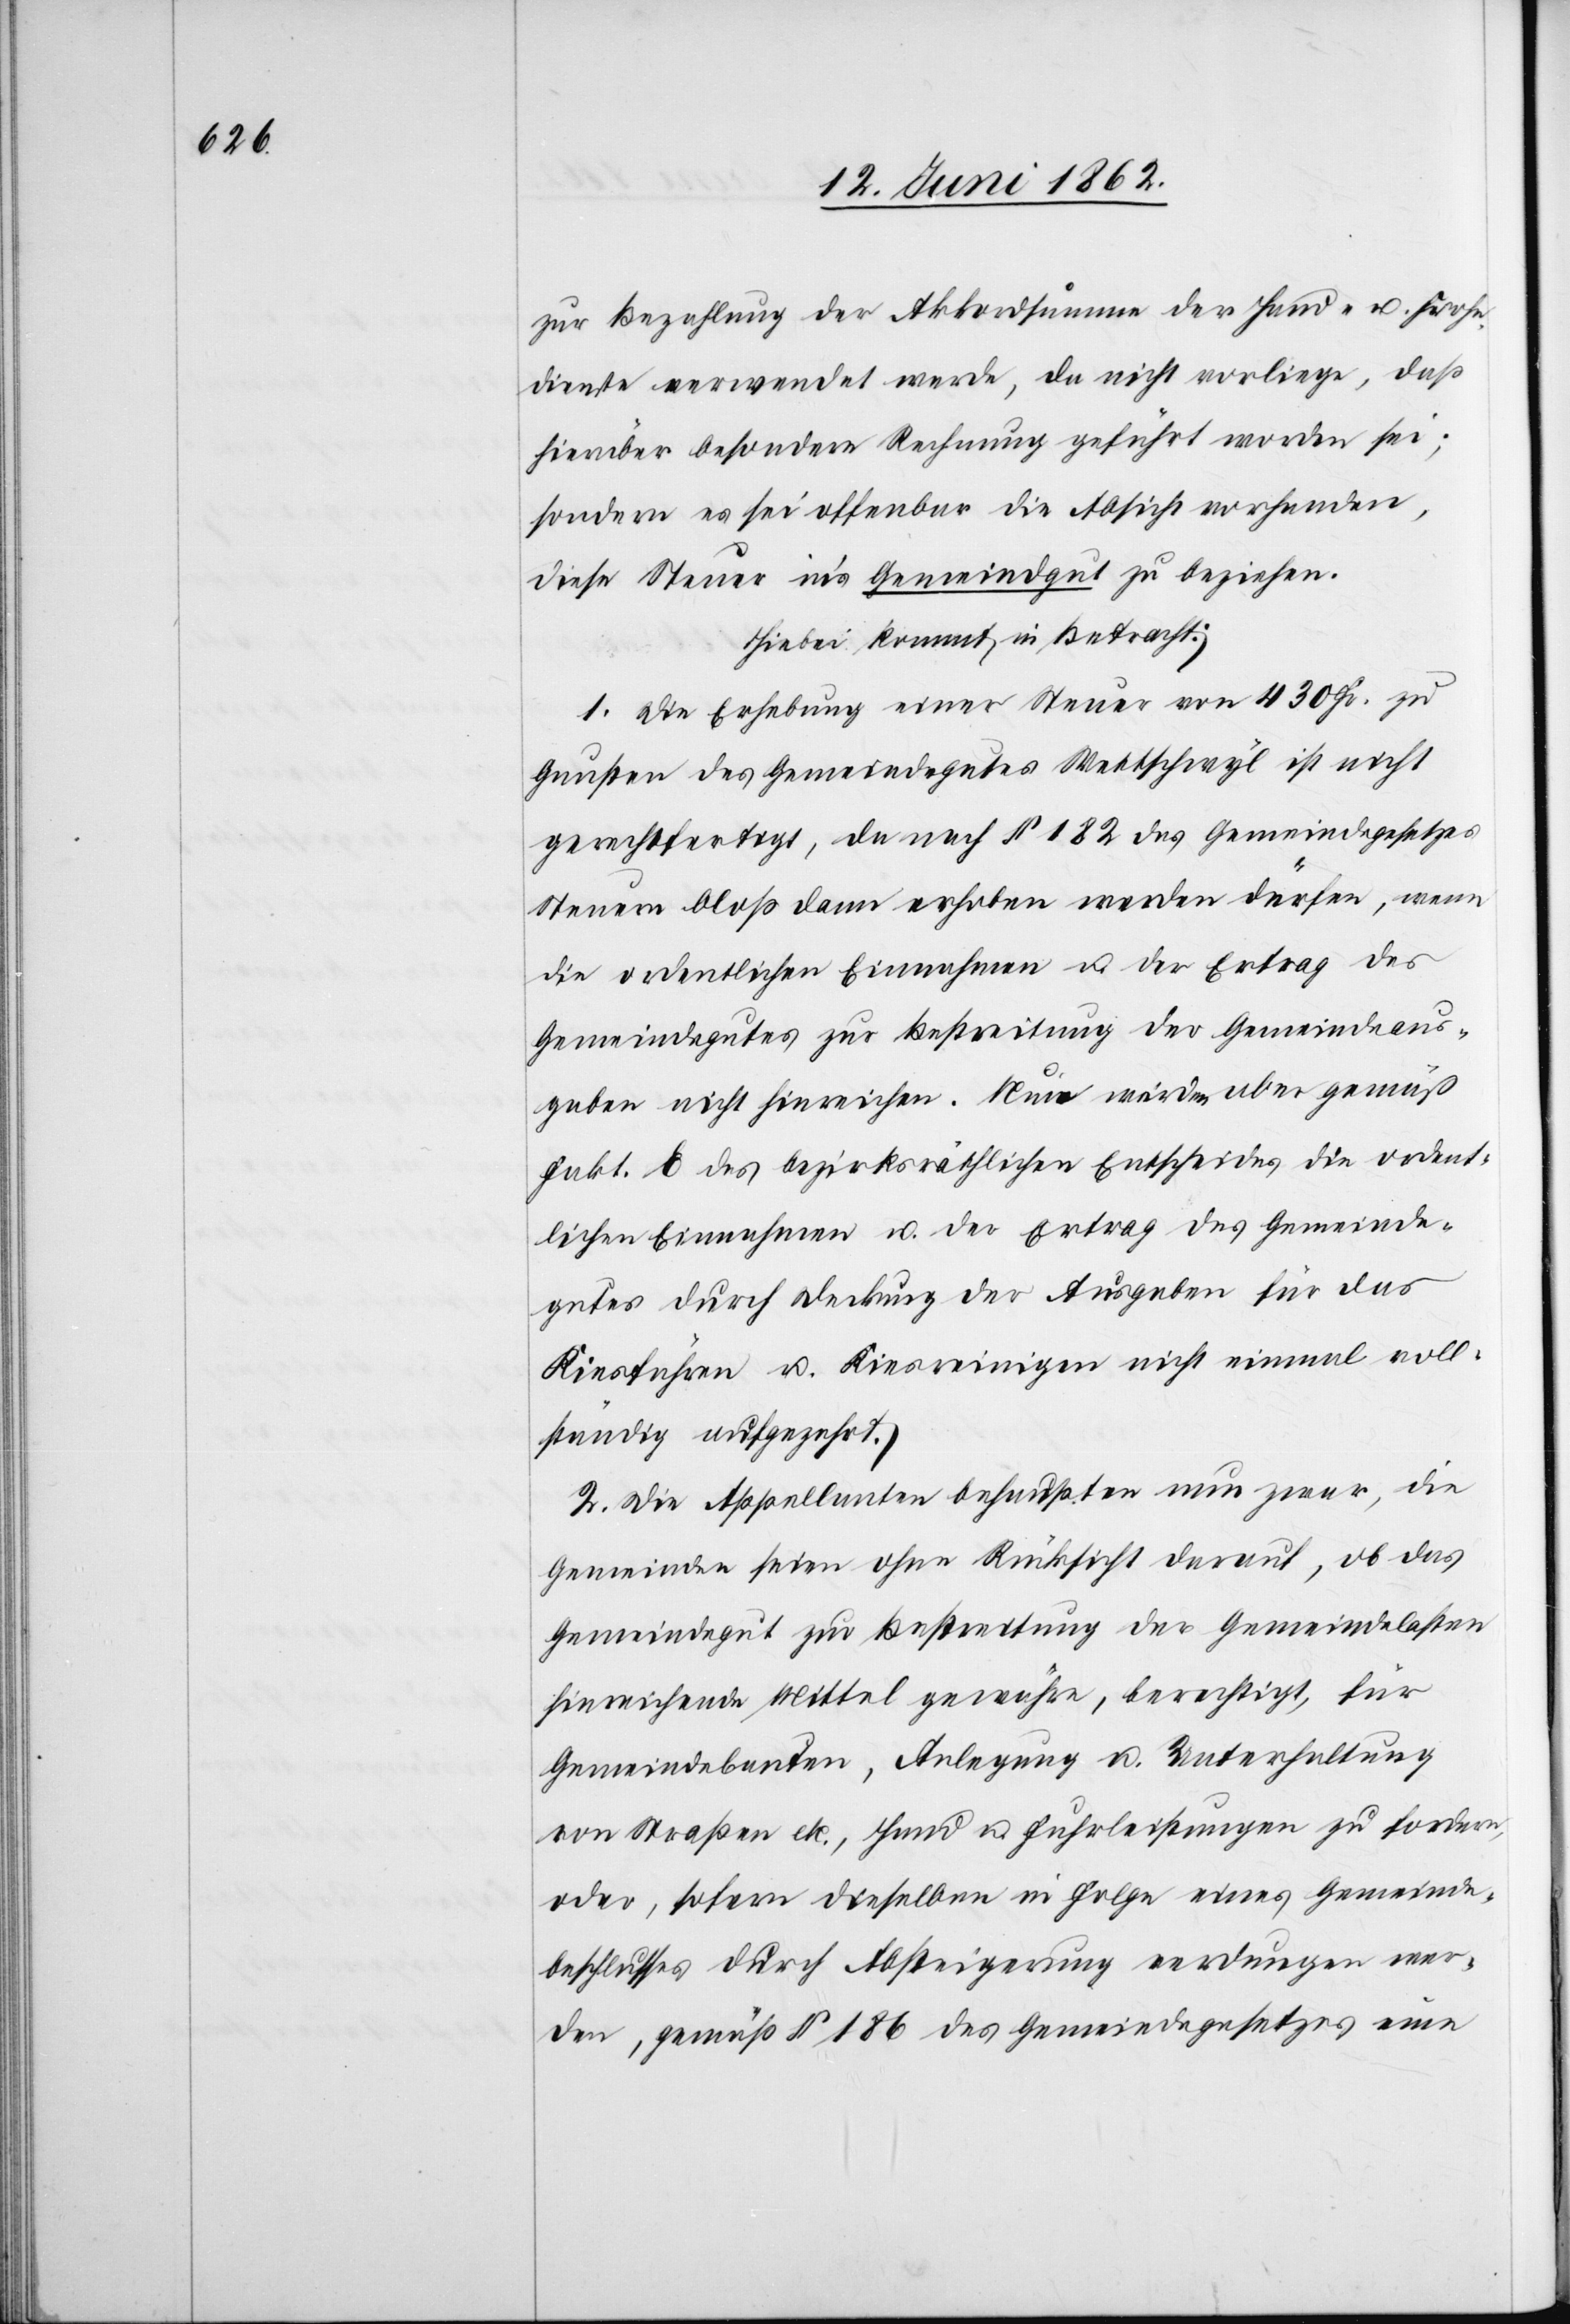
zur Bezahlung der Akkordsumme der Hand- u. Frohn¬
dienste verwendet werde, da nicht vorliege, daß
hierüber besondere Rechnung geführt worden sei;
sondern es sei offenbar die Absicht vorhanden,
diese Steuer in’s Gemeindgut zu beziehen.
Hiebei kommt in Betracht:
1. Die Erhebung einer Steuer von 430 Fr. zu
Gunsten des Gemeindegutes Wettschwyl ist nicht
gerechtfertigt, da nach § 182 des Gemeindegesetzes
Steuern bloß dann erhoben werden dürfen, wenn
die ordentlichen Einnahmen u. der Ertrag des
Gemeindegutes zur Bestreitung der Gemeindsaus¬
gaben nicht hinreichen. Nun werden aber gemäß
Fakt. E des bezirksräthlichen Entscheides die ordent¬
lichen Einnahmen u. der Ertrag des Gemeinde¬
gutes durch Deckung der Ausgaben für das
Kiesführen u. Kiesreinigen nicht einmal voll¬
ständig aufgezehrt.
2. Die Appellanten behaupten nun zwar, die
Gemeinden seien ohne Rücksicht darauf, ob das
Gemeindegut zur Bestreitung der Gemeindelasten
hinreichende Mittel gewähre, berechtigt, für
Gemeindebauten, Anlegung u. Unterhaltung
von Straßen etc., Hand[-] und Fuhrleistungen zu fordern,
oder, sofern dieselben in Folge eines Gemeinde¬
beschlusses durch Absteigerung verdungen wer¬
den, gemäß § 186 des Gemeindegesetzes eine